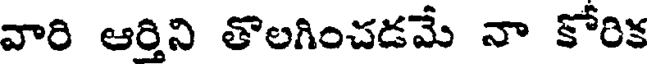
వారి ఆర్తిని తొలగించడమే నా కోరిక